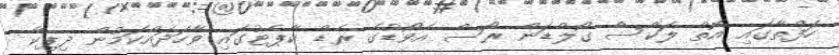
ހަފްތާގައި އޮތް ލަކްސް ގޯލްޑަން ރޯސް އެވޯޑުގެ ރެޑް ކާޕެޓުގައި ވާހަދައްކަމުން ދިޕިކާ